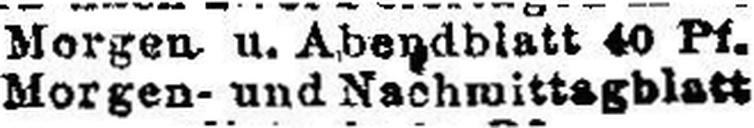
Morgen- und Nachmittagblatt